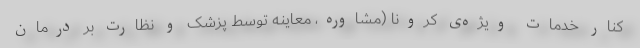
کنار خدمات ویژه‌ی کرونا (مشاوره، معاینه توسط پزشک و نظارت بر درمان